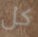
كل